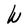
Character: W